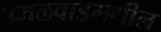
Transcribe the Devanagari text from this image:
उमळवाडमधील